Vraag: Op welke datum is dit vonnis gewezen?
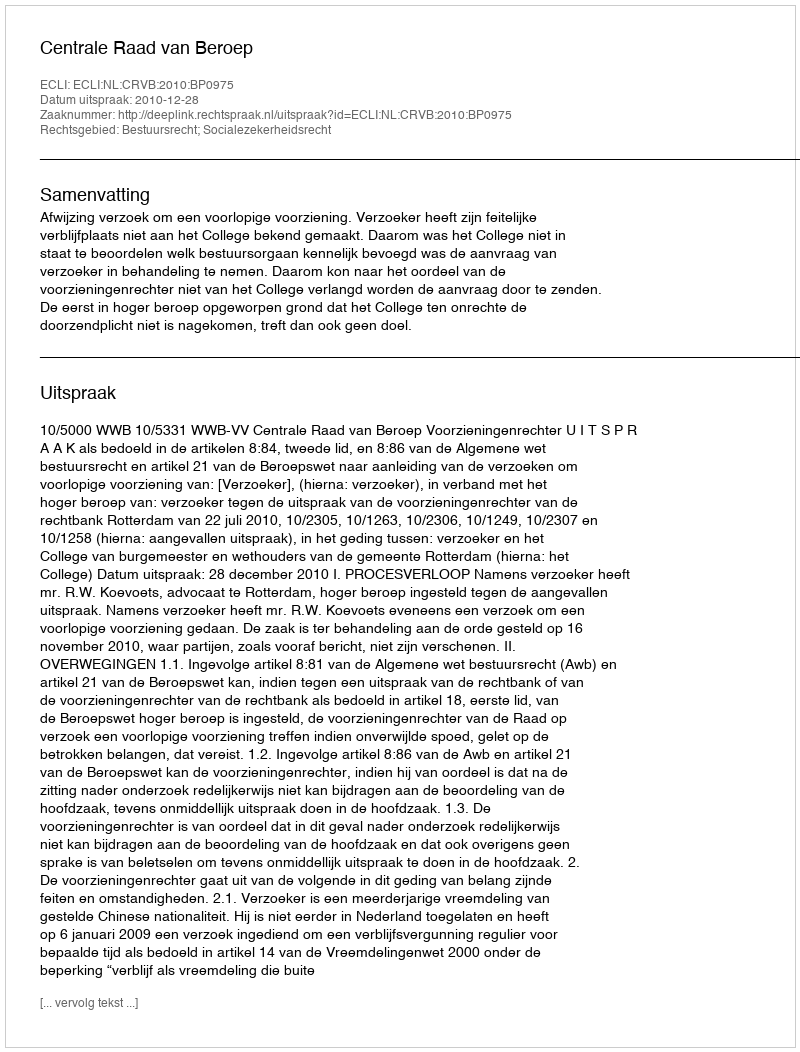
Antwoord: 2010-12-28